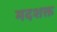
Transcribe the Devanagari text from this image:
मदशक्त